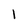
Character: l